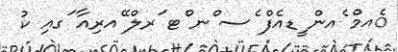
ެއމް ެއން ީޑއެފް ެސ ްނ ްޓ ަރލް ޭއރިއާ ަގއި ކު